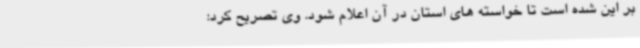
بر این شده است تا خواسته های استان در آن اعلام شود. وی تصریح کرد: